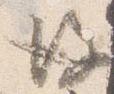
後